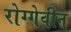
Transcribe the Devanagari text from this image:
रोग्गेवीन